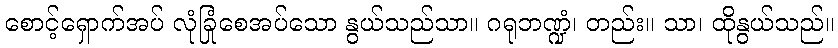
စောင့်ရှောက်အပ် လုံခြုံစေအပ်သော နွယ်သည်သာ။ ဂရုဘဏ္ဍံ၊ တည်း။ သာ၊ ထိုနွယ်သည်။